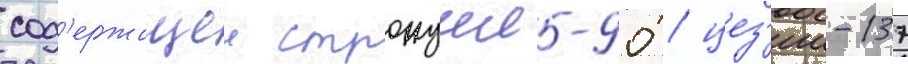
сод'ержащеи стронции-90 / цез'ии-137